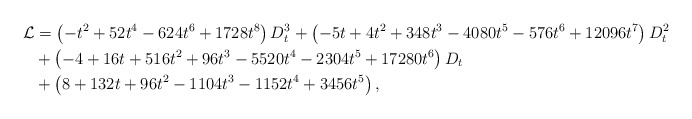
\begin{align*} \mathcal{L} &= \left(-t^2+52 t^4-624 t^6+1728 t^8\right)D_t^3+\left(-5 t+4 t^2+348 t^3-4080 t^5-576 t^6+12096 t^7\right)D_t^2\\ &+\left(-4+16 t+516 t^2+96t^3-5520 t^4-2304t^5+17280 t^6\right)D_t\\ &+\left(8+132 t+96 t^2-1104 t^3-1152 t^4+3456 t^5\right),\end{align*}